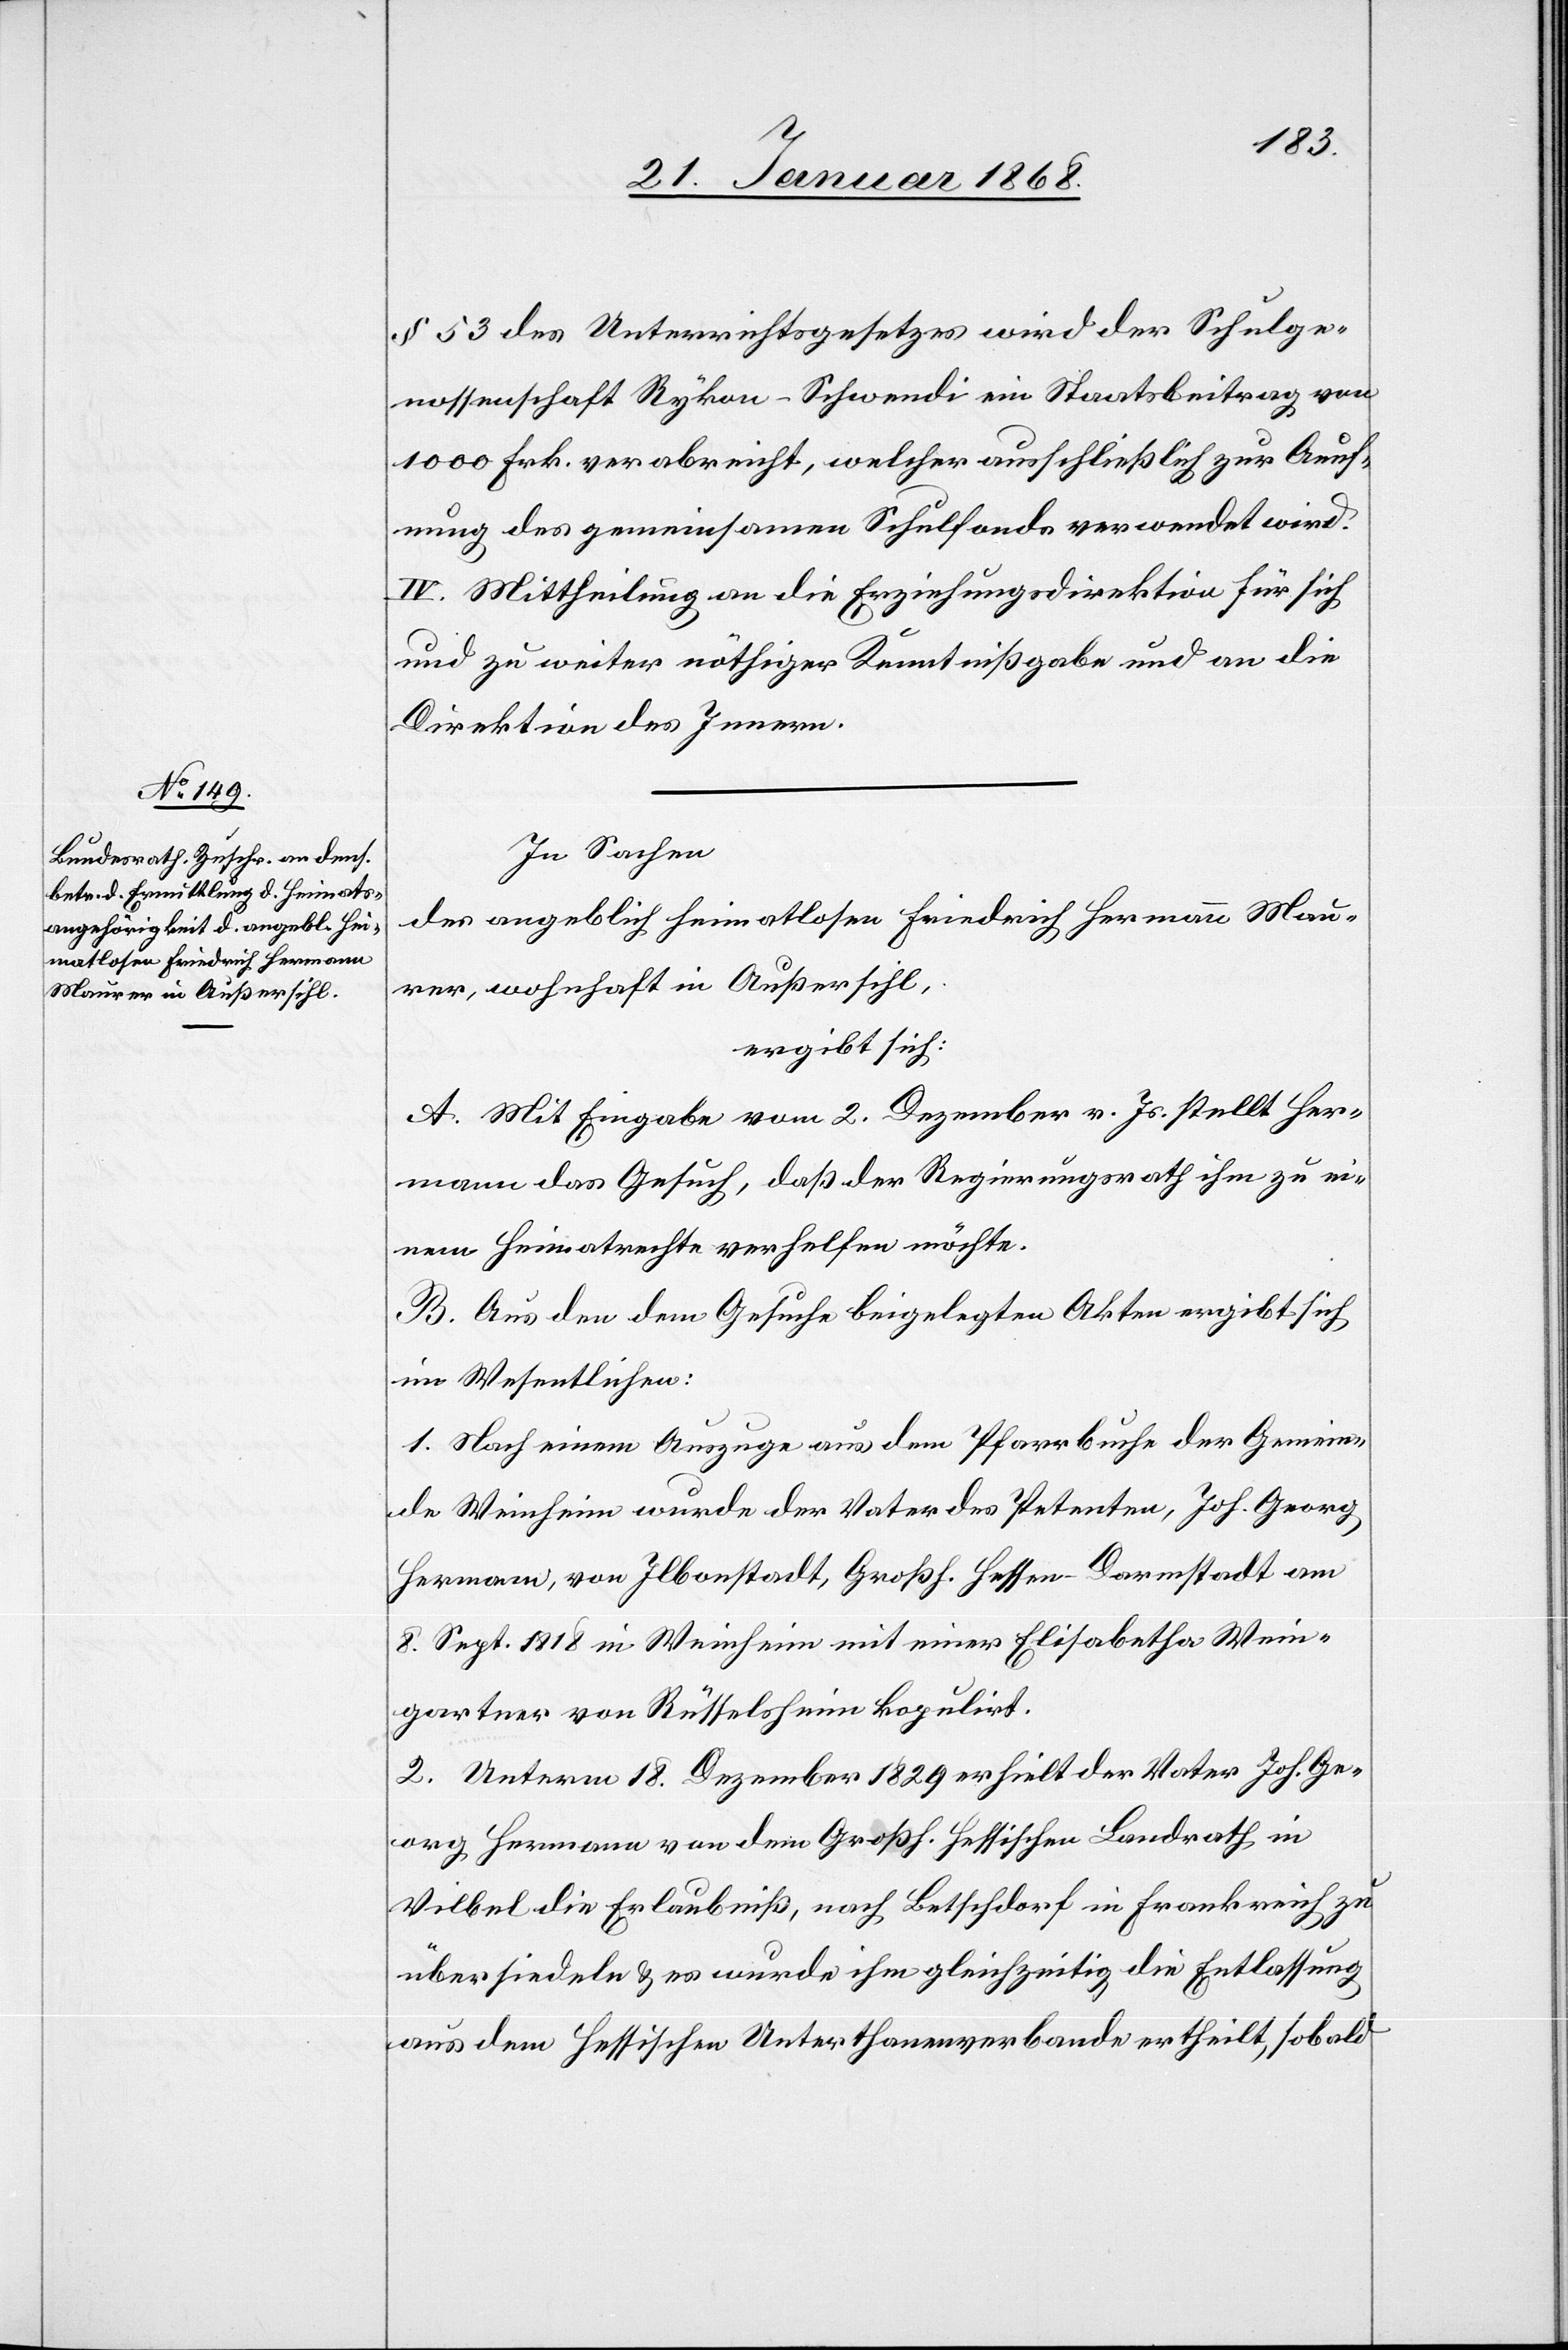
§ 53 des Unterrichtsgesetzes wird der Schulge¬
nossenschaft Rykon-Schwendi ein Staatsbeitrag von
1000 Frk. verabreicht, welcher ausschließlich zur Aeuf¬
nung des gemeinsamen Schulfonds verwendet wird.
IV. Mittheilung an die Erziehungsdirektion für sich
und zu weiter nöthiger Kenntnißgabe und an die
Direktion des Innern.
In Sachen
des angeblich heimatlosen Friedrich Hermann Mau¬
rer, wohnhaft in Außersihl,
ergibt sich:
A. Mit Eingabe vom 2. Dezember v. Js. stellt Her¬
mann das Gesuch, daß der Regierungsrath ihm zu ei¬
nem Heimatrechte verhelfen möchte.
B. Aus den dem Gesuche beigelegten Akten ergibt sich
im Wesentlichen:
1. Nach einem Auszuge aus dem Pfarrbuche der Gemein¬
de Weinheim wurde der Vater des Petenten, Joh. Georg
Hermann, von Ilbonstadt, Großh. Hessen-Darmstadt am
8. Sept. 1818 in Weinheim mit einer Elisabetha Wein¬
gartner von Rüsselsheim kopulirt.
2. Unterm 18. Dezember 1829 erhielt der Vater Joh. Ge¬
org Hermann von dem Großh. Hessischen Landrath in
Vilbel die Erlaubniß, nach Betschdorf in Frankreich zu
übersiedeln & es wurde ihm gleichzeitig die Entlassung
aus dem Hessischen Unterthanenverbande ertheilt, sobald